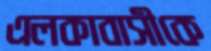
এলকাবাসীকে